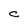
Character: c